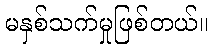
မနှစ်သက်မှုဖြစ်တယ်။